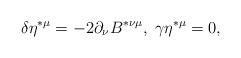
LaTeX: \begin{align*}\delta \eta ^{*\mu }=-2\partial _\nu B^{*\nu \mu },\;\gamma \eta^{*\mu }=0,\end{align*}